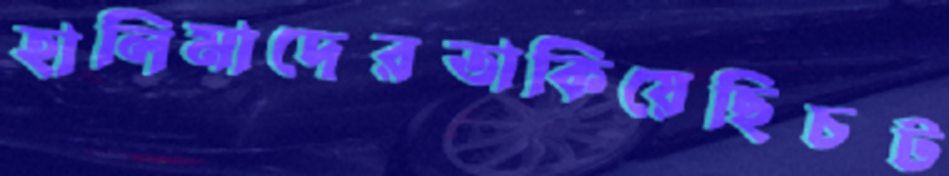
হালিমাদেরতাকিয়েছিচট